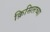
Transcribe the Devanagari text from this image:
क्रिसिलच्या